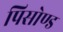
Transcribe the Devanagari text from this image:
पिसोण्ड